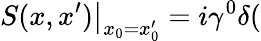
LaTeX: \left.S(x,x^{\prime})\right|_{x_{0}=x_{0}^{\prime}}=i\gamma^{0}\delta(